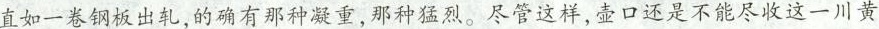
直如一卷钢板出轧，的确有那种凝重，那种猛烈。尽管这样，壶口还是不能尽收这一川黄